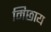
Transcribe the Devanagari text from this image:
मिछाय